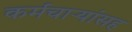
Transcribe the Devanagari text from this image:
कर्मचाऱ्यांसह